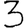
Digit: 3